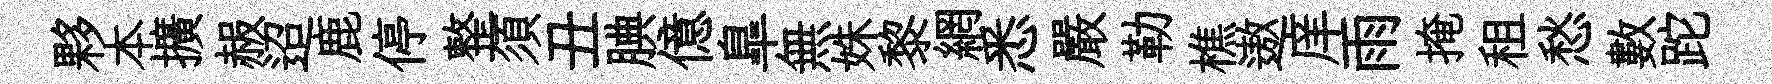
夥本擴赧迢鹿停整須丑腆億臯無姝黎網悉嚴勒樵遨庠雨掩租愁數跎